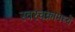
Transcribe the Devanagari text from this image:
स्वरचक्रामध्ये